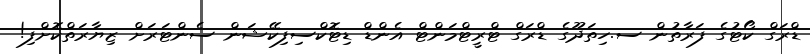
ޑްރަގް ކޯޓުގެ ފަރާތުން ސ.ހިތަދޫގެ ޑްރަގް ޓްރީޓްމަންޓް އެންޑް ޑިޓޮކްސިފިކޭޝަން ސެންޓަރަށް ޒިޔާރަތްކޮށްފި!